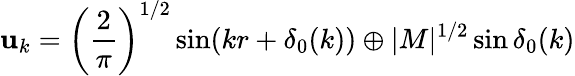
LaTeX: \mathbf{u}_{k}=\left(\frac{{2}}{{\pi}}\right)^{1/2}\sin(kr+\delta_{0}(k))\oplus|M|^{1/2}\sin\delta_{0}(k)